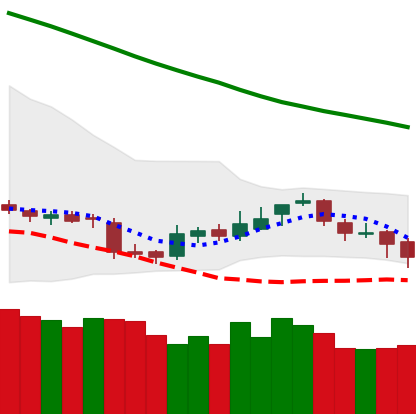
Ticker: BNB-USD
Chart end date: 2018-11-12
Forward return: -17.551%
Label: down_7plus